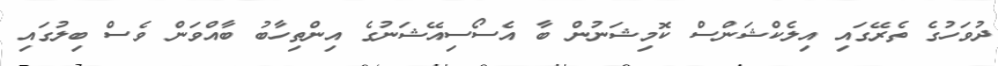
ދުވަހުގެ ތެރޭގައި އިލެކްޝަންސް ކޮމިޝަނުން ބާ އެސޯސިއޭޝަނުގެ އިންތިހާބު ބާއްވަން ވެސް ބިލުގައި